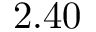
2 . 4 0